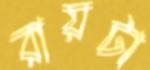
রায়টা